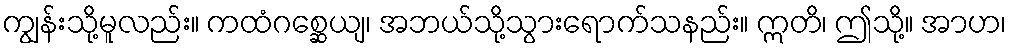
ကျွန်းသို့မူလည်း။ ကထံဂစ္ဆေယျ၊ အဘယ်သို့သွားရောက်သနည်း။ ဣတိ၊ ဤသို့။ အာဟ၊